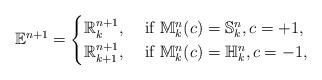
LaTeX: \begin{gather*}\mathbb{E}^{n+1}=\begin{cases}\mathbb{R}^{n+1}_k ,& \textrm{ if }\mathbb{M}^n_k(c)=\mathbb{S}^n_k, c=+1, \\\mathbb{R}^{n+1}_{k+1},& \textrm{ if }\mathbb{M}_k^n(c)=\mathbb{H}^n_k,c=-1,\end{cases}\end{gather*}